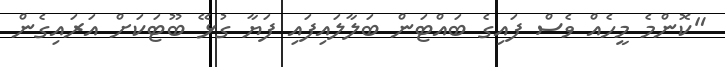
"ކޮންމެ މީހެއް ވެސް ފައިގެ ބައްޓަން ބަލާލައިފައި ފަޔާ ގުޅޭ ބޫޓަކަށް އަރައިގެން